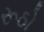
રૂઠો